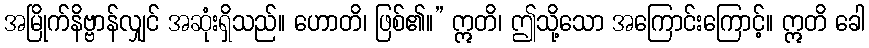
အမြိုက်နိဗ္ဗာန်လျှင် အဆုံးရှိသည်။ ဟောတိ၊ ဖြစ်၏။” ဣတိ၊ ဤသို့သော အကြောင်းကြောင့်။ ဣတိ ခေါ